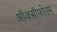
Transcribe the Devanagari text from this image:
ऑक्सीफोरम